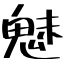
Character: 魅